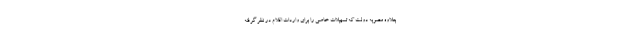
بعلاوه مصوبه دولت که تسهیلات خاصی را برای واردات اقلام در نظر گرفته